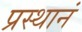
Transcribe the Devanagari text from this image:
प्रस्थानं